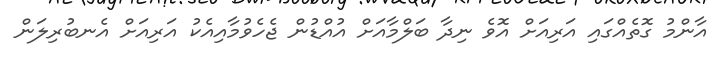
އާންމު ގޮތެއްގައި އަރިއަށް އޮވެ ނިދާ ބަލްމާއަށް އުއްޑުން ޖެހެވުމާއިއެކު އަރިއަށް އެނބުރިލަން